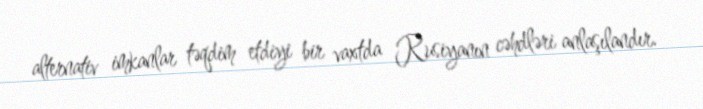
alternativ imkanlar təqdim etdiyi bir vaxtda Rusiyanın cəhdləri anlaşılandır.